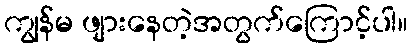
ကျွန်မ ဖျားနေတဲ့အတွက်ကြောင့်ပါ။